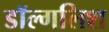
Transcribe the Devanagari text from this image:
डॉल्गलिश